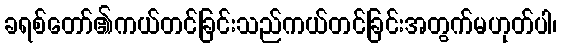
ခရစ်တော်၏ကယ်တင်ခြင်းသည်ကယ်တင်ခြင်းအတွက်မဟုတ်ပါ၊